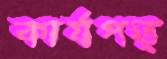
কার্যপত্